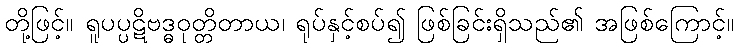
တို့ဖြင့်။ ရူပပ္ပဋိဗဒ္ဓဝုတ္တိတာယ၊ ရုပ်နှင့်စပ်၍ ဖြစ်ခြင်းရှိသည်၏ အဖြစ်ကြောင့်။